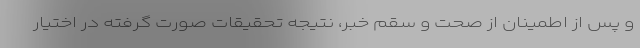
و پس از اطمینان از صحت و سقم خبر، نتیجه تحقیقات صورت گرفته در اختیار